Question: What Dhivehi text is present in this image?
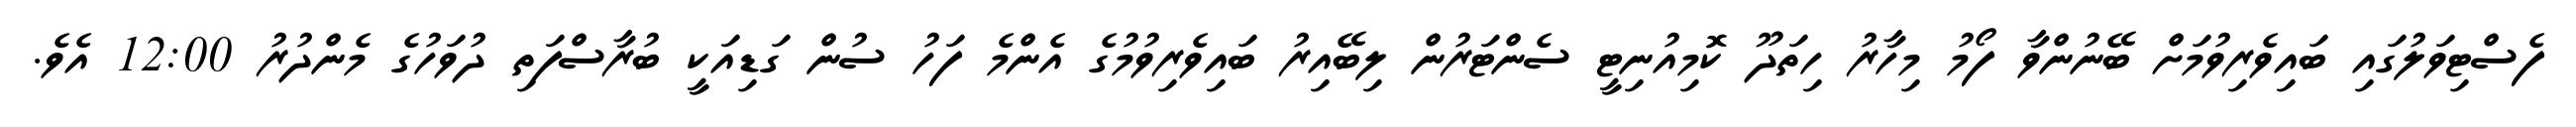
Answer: ފެސްޓިވަލުގައި ބައިވެރިވުމަށް ބޭނުންވާ ފޯމު މިހާރު ހިތަދޫ ކޮމިއުނިޓީ ސެންޓަރުން ލިބޭއިރު ބައިވެރިވުމުގެ އެންމެ ފަހު ސުން ގަޑިއަކީ ބުރާސްފަތި ދުވަހުގެ މެންދުރު 12:00 އެވެ.